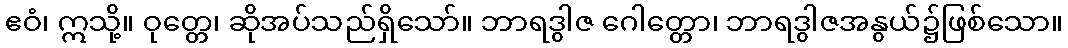
ဧဝံ၊ ဣသို့။ ဝုတ္တေ၊ ဆိုအပ်သည်ရှိသော်။ ဘာရဒွါဇ ဂေါတ္တော၊ ဘာရဒွါဇအနွယ်၌ဖြစ်သော။